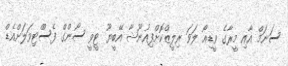
ސަނަމް އާއި މީރާގެ ވީޑިއޯ ލަވަ ރިލީޒްކޮށްފިއުނޫޝާ އޭބީޔޫ ޓީވީ ސޯންގް ފެސްްޓިވަލަށްއެޑް